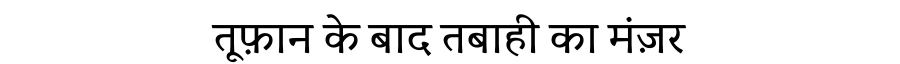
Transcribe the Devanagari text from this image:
तूफ़ान के बाद तबाही का मंज़र